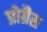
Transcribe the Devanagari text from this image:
प्रोग्रैस